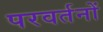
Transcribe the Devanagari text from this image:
परवर्तनों